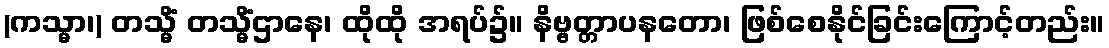
(ကသ္မာ၊) တသ္မိံ တသ္မိံဌာနေ၊ ထိုထို အရပ်၌။ နိဗ္ဗတ္တာပနတော၊ ဖြစ်စေနိုင်ခြင်းကြောင့်တည်း။